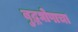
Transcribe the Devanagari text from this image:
बुद्धघोषाचा